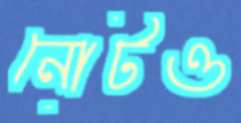
নোটও